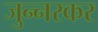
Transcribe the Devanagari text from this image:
जुन्नरकर